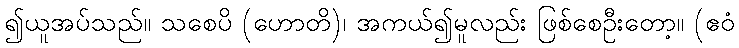
၍ယူအပ်သည်။ သစေပိ (ဟောတိ)၊ အကယ်၍မူလည်း ဖြစ်စေဦးတော့။ (ဧဝံ